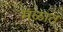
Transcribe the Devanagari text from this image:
मळात